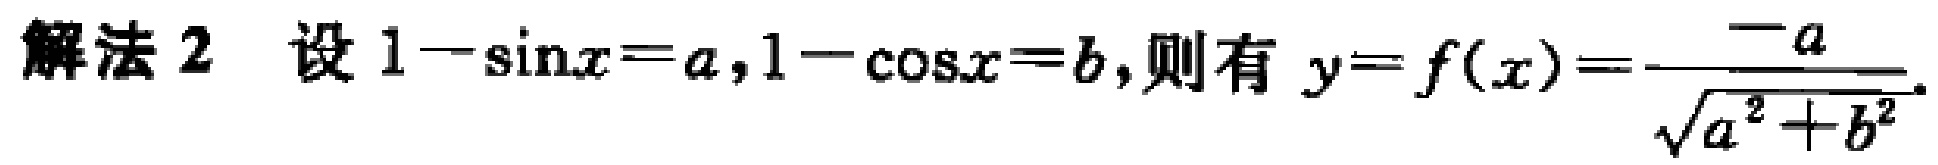
解法 2 设 \(1 - \sin x = a,1 - \cos x = b\), 则有 \(y = f(x)=\frac{-a}{\sqrt{a^{2}+b^{2}}}\).